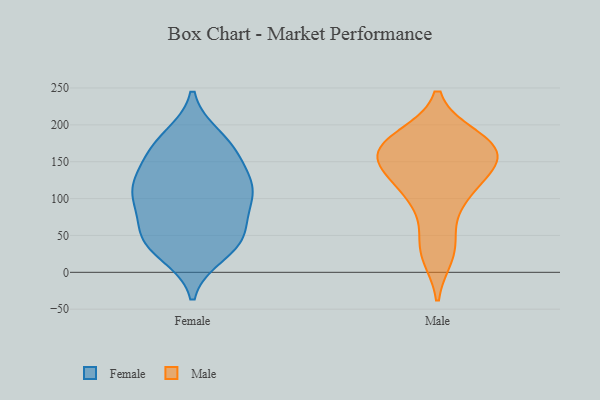
{"axis": {"x": "Page Views", "y": "Value"}, "legend": ["Female", "Male"], "data": [{"x": "", "y": 25, "type": "Female"}, {"x": "", "y": 97, "type": "Female"}, {"x": "", "y": 140, "type": "Female"}, {"x": "", "y": 59, "type": "Female"}, {"x": "", "y": 183, "type": "Female"}, {"x": "", "y": 175, "type": "Female"}, {"x": "", "y": 40, "type": "Female"}, {"x": "", "y": 53, "type": "Female"}, {"x": "", "y": 168, "type": "Female"}, {"x": "", "y": 97, "type": "Female"}, {"x": "", "y": 115, "type": "Female"}, {"x": "", "y": 51, "type": "Female"}, {"x": "", "y": 35, "type": "Female"}, {"x": "", "y": 113, "type": "Female"}, {"x": "", "y": 109, "type": "Female"}, {"x": "", "y": 158, "type": "Female"}, {"x": "", "y": 115, "type": "Female"}, {"x": "", "y": 39, "type": "Male"}, {"x": "", "y": 157, "type": "Male"}, {"x": "", "y": 148, "type": "Male"}, {"x": "", "y": 179, "type": "Male"}, {"x": "", "y": 109, "type": "Male"}, {"x": "", "y": 160, "type": "Male"}, {"x": "", "y": 154, "type": "Male"}, {"x": "", "y": 95, "type": "Male"}, {"x": "", "y": 183, "type": "Male"}, {"x": "", "y": 24, "type": "Male"}, {"x": "", "y": 126, "type": "Male"}, {"x": "", "y": 174, "type": "Male"}]}